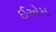
ઈએમ